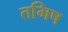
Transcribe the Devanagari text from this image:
तमिष